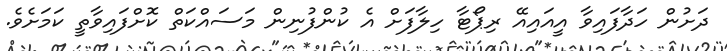
ދަށުން ހަދާފައިވާ އީއައިއޭ ރިޕޯޓާ ހިލާފަށް އެ ކުންފުނިން މަސައްކަތް ކޮށްފައިވާތީ ކަމަށެވެ.